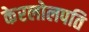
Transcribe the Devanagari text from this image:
केरलोलपति